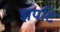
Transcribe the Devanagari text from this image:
झपटि